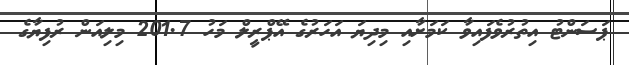
ޕަސަންޓު އިތުރުވެފައިވާ ކަމަށާއި މިދިޔަ އަހަރުގެ އޭޕްރީލް މަހު 201.7 މިލިއަން ރުފިޔާގެ